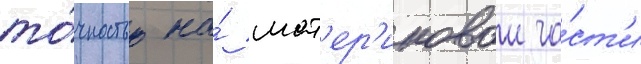
то́чностью на́ мат'ер'иковои ча́ст'и